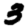
Digit: 3